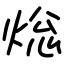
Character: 焧